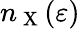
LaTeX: n_{\mathrm{~X~}}(\varepsilon)